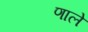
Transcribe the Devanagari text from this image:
णाले